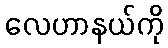
လေဟာနယ်ကို